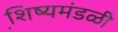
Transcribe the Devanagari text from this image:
शि़ष्यमंडळी